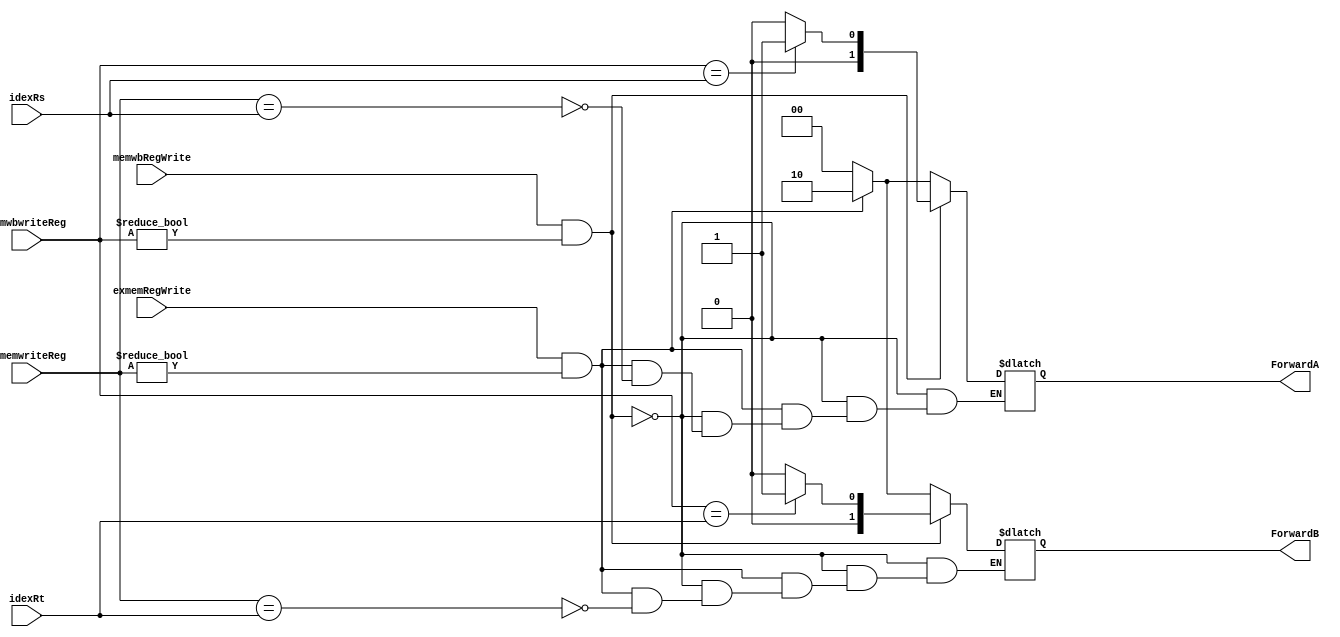
`timescale 1ns / 1ps
module ForwardUnit( exmemRegWrite, memwbRegWrite,exmemwriteReg, memwbwriteReg,idexRs,idexRt, ForwardA,ForwardB);
    input exmemRegWrite, memwbRegWrite;
    input [4:0] exmemwriteReg, memwbwriteReg;
    input [4:0] idexRs,idexRt;
    output reg [1:0] ForwardA, ForwardB;
    initial begin 
        {ForwardA, ForwardB} = 0;
    end
    always@(*) begin
    if(memwbRegWrite && memwbwriteReg != 0) begin
                         //if(memwbwriteReg == idexRs && (!(exmemRegWrite && (exmemwriteReg != 0) && (exmemwriteReg != idexRs)) )) 
                         if(memwbwriteReg == idexRs)
                            ForwardA = 2'b01;
                        else ForwardA = 2'b00; 
                         //if(memwbwriteReg == idexRt && (!(exmemRegWrite && (exmemwriteReg != 0) && (exmemwriteReg != idexRt)))) 
                           if(memwbwriteReg == idexRt)
                                ForwardB = 2'b01;
                                else ForwardB = 2'b00; 
                        
                     end 
        else if(exmemRegWrite && exmemwriteReg != 0) begin
            if(exmemwriteReg == idexRs)  ForwardA = 2'b10; 
            
             if(exmemwriteReg == idexRt)   ForwardB = 2'b10; 
             
            end 
         
       else begin
            ForwardA = 2'b00;
            ForwardB = 2'b00;
       end
   end 
endmodule